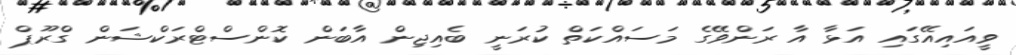
ވީއައިއޭގައި އަޅާ އާ ރަންވޭގެ މަސައްކަތް ކުރަނީ ބެއިޖިން އާބަން ކޮންސްޓްރަކްޝަން ގްރޫޕް